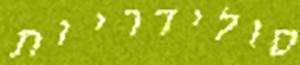
סולידריות